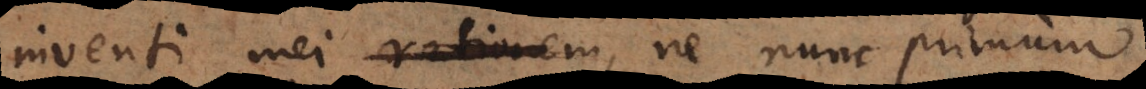
inventi mei rationem, ne nunc primum